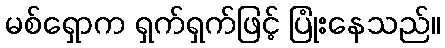
မစ်ရှောက ရှက်ရှက်ဖြင့် ပြုံးနေသည်။